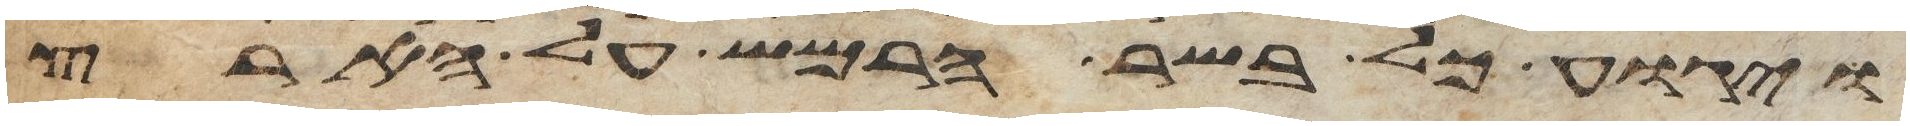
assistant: ויגוע כל בשר הרמש על הארץ